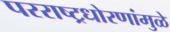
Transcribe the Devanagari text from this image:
परराष्ट्रधोरणांमुळे